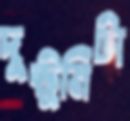
দুষ্টুমিটা